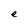
Character: e